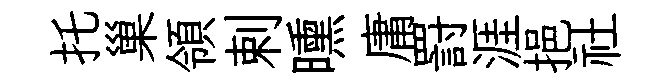
托巢領剌曛庸罸涯挹社